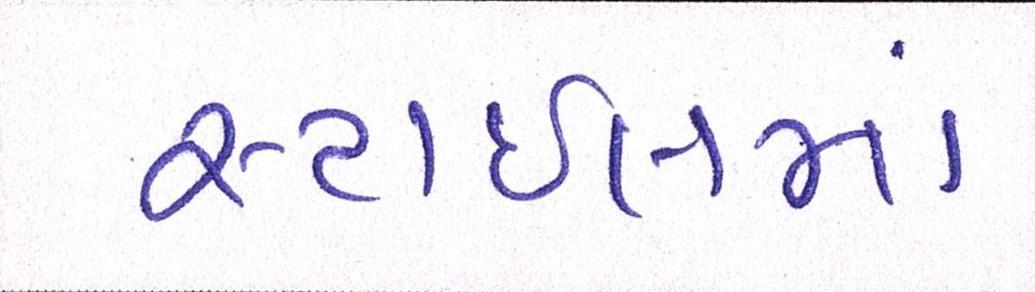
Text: સ્ટાઈલમાં